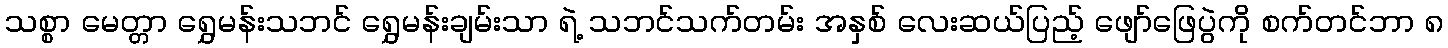
သစ္စာ မေတ္တာ ရွှေမန်းသဘင် ရွှေမန်းချမ်းသာ ရဲ့ သဘင်သက်တမ်း အနှစ် လေးဆယ်ပြည့် ဖျော်ဖြေပွဲကို စက်တင်ဘာ ၈